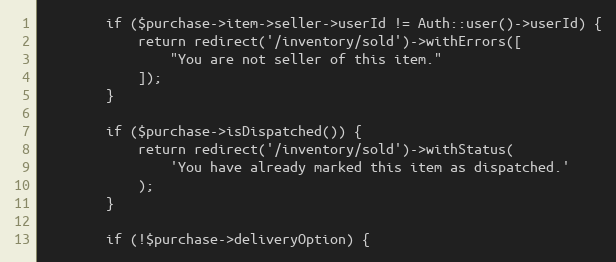
Language: PHP
        if ($purchase->item->seller->userId != Auth::user()->userId) {
            return redirect('/inventory/sold')->withErrors([
                "You are not seller of this item."
            ]);
        }

        if ($purchase->isDispatched()) {
            return redirect('/inventory/sold')->withStatus(
                'You have already marked this item as dispatched.'
            );
        }

        if (!$purchase->deliveryOption) {